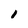
Character: 1